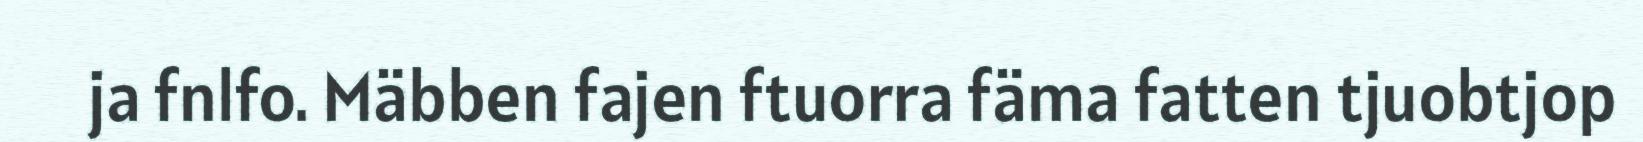
ja fnlfo. Mäbben fajen ftuorra fäma fatten tjuobtjop